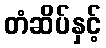
တံဆိပ်နှင့်